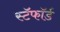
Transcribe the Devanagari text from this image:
स्टॅफॉर्ड